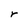
Character: r